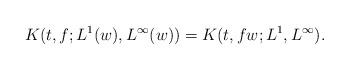
LaTeX: \begin{align*} K(t, f; L^1(w), L^{\infty}(w)) = K(t, fw; L^1, L^{\infty}).\end{align*}